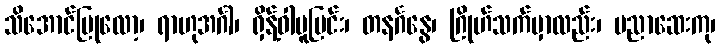
သိအောင်ပြုလော့၊ ရာဟုအင်္ဂါ၊ ရှိန့်ဝါပူပြင်း၊ တနင်္ဂနွေ၊ ဂြိုဟ်သက်မှာလည်း၊ ပညာဆေးကု၊